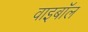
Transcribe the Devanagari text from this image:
वाइबॉल